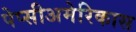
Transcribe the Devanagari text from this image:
पेप्सीअमेरिकास